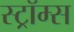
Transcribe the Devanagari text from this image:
स्ट्रॉम्स